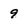
Character: 9